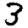
Digit: 3